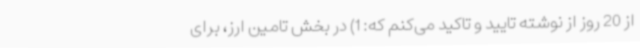
از 20 روز از نوشته تایید و تاکید می‌کنم که: 1) در بخش تامین ارز، برای